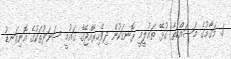
1. މަޤާމުގެ މަސައްކަތާ ގުޅޭ ތަޢުލީމީ ރޮނގަކުން ދިވެހިރާއްޖޭގެ ޤައުމީ ސަނަދުތަކުގެ އޮނިގަނޑު